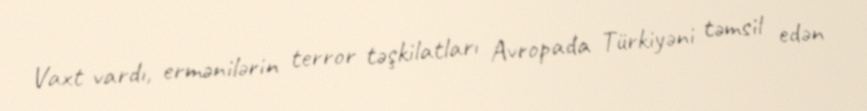
Vaxt vardı, ermənilərin terror təşkilatları Avropada Türkiyəni təmsil edən